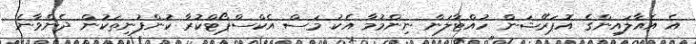
އެ އެއާލައިންގެ އޮޕަރޭޝަން ހުއްޓާލަން ނިންމުމާ އެކު މަސް އެކްސްޕޯޓްކުރާ ކުންފުނިތަކުން ދެންވާނެ